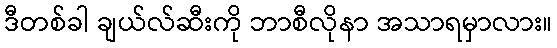
ဒီတစ်ခါ ချယ်လ်ဆီးကို ဘာစီလိုနာ အသာရမှာလား။